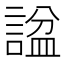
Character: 𬢶